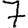
Digit: 7